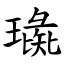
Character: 璏